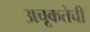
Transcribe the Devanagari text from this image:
अचूकतेची